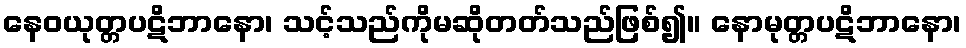
နေဝယုတ္တပဋိဘာနော၊ သင့်သည်ကိုမဆိုတတ်သည်ဖြစ်၍။ နောမုတ္တပဋိဘာနော၊